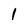
Character: 1